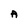
Character: A